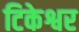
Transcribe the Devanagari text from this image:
टिकेश्वर